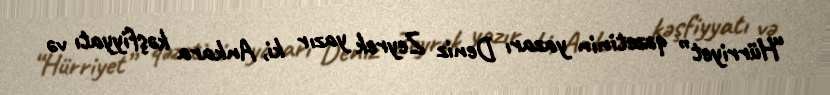
“Hürriyet” qəzetinin yazarı Deniz Zeyrek yazır ki, Ankara kəşfiyyatı və